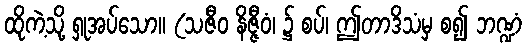
ထိုကဲ့သို့ ရှုအပ်သော။ (သဇီဝ နိဇ္ဇီဝံ၊ ၌ စပ်၊ ဤတာဒိသံမှ စ၍ ဘဏ္ဍံ